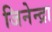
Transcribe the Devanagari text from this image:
जिनेन्द्रा